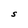
Character: S